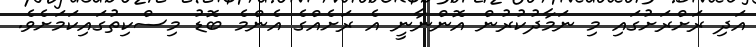
އަދި ރަށްރަށުގައި މި ނަމާދުކުރުން އޮންނާނީ އެ ރަށެއްގެ އެންމެ ބޮޑު މިސްކިތުގައިކަމަށެވެ.